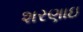
શરણાઇ